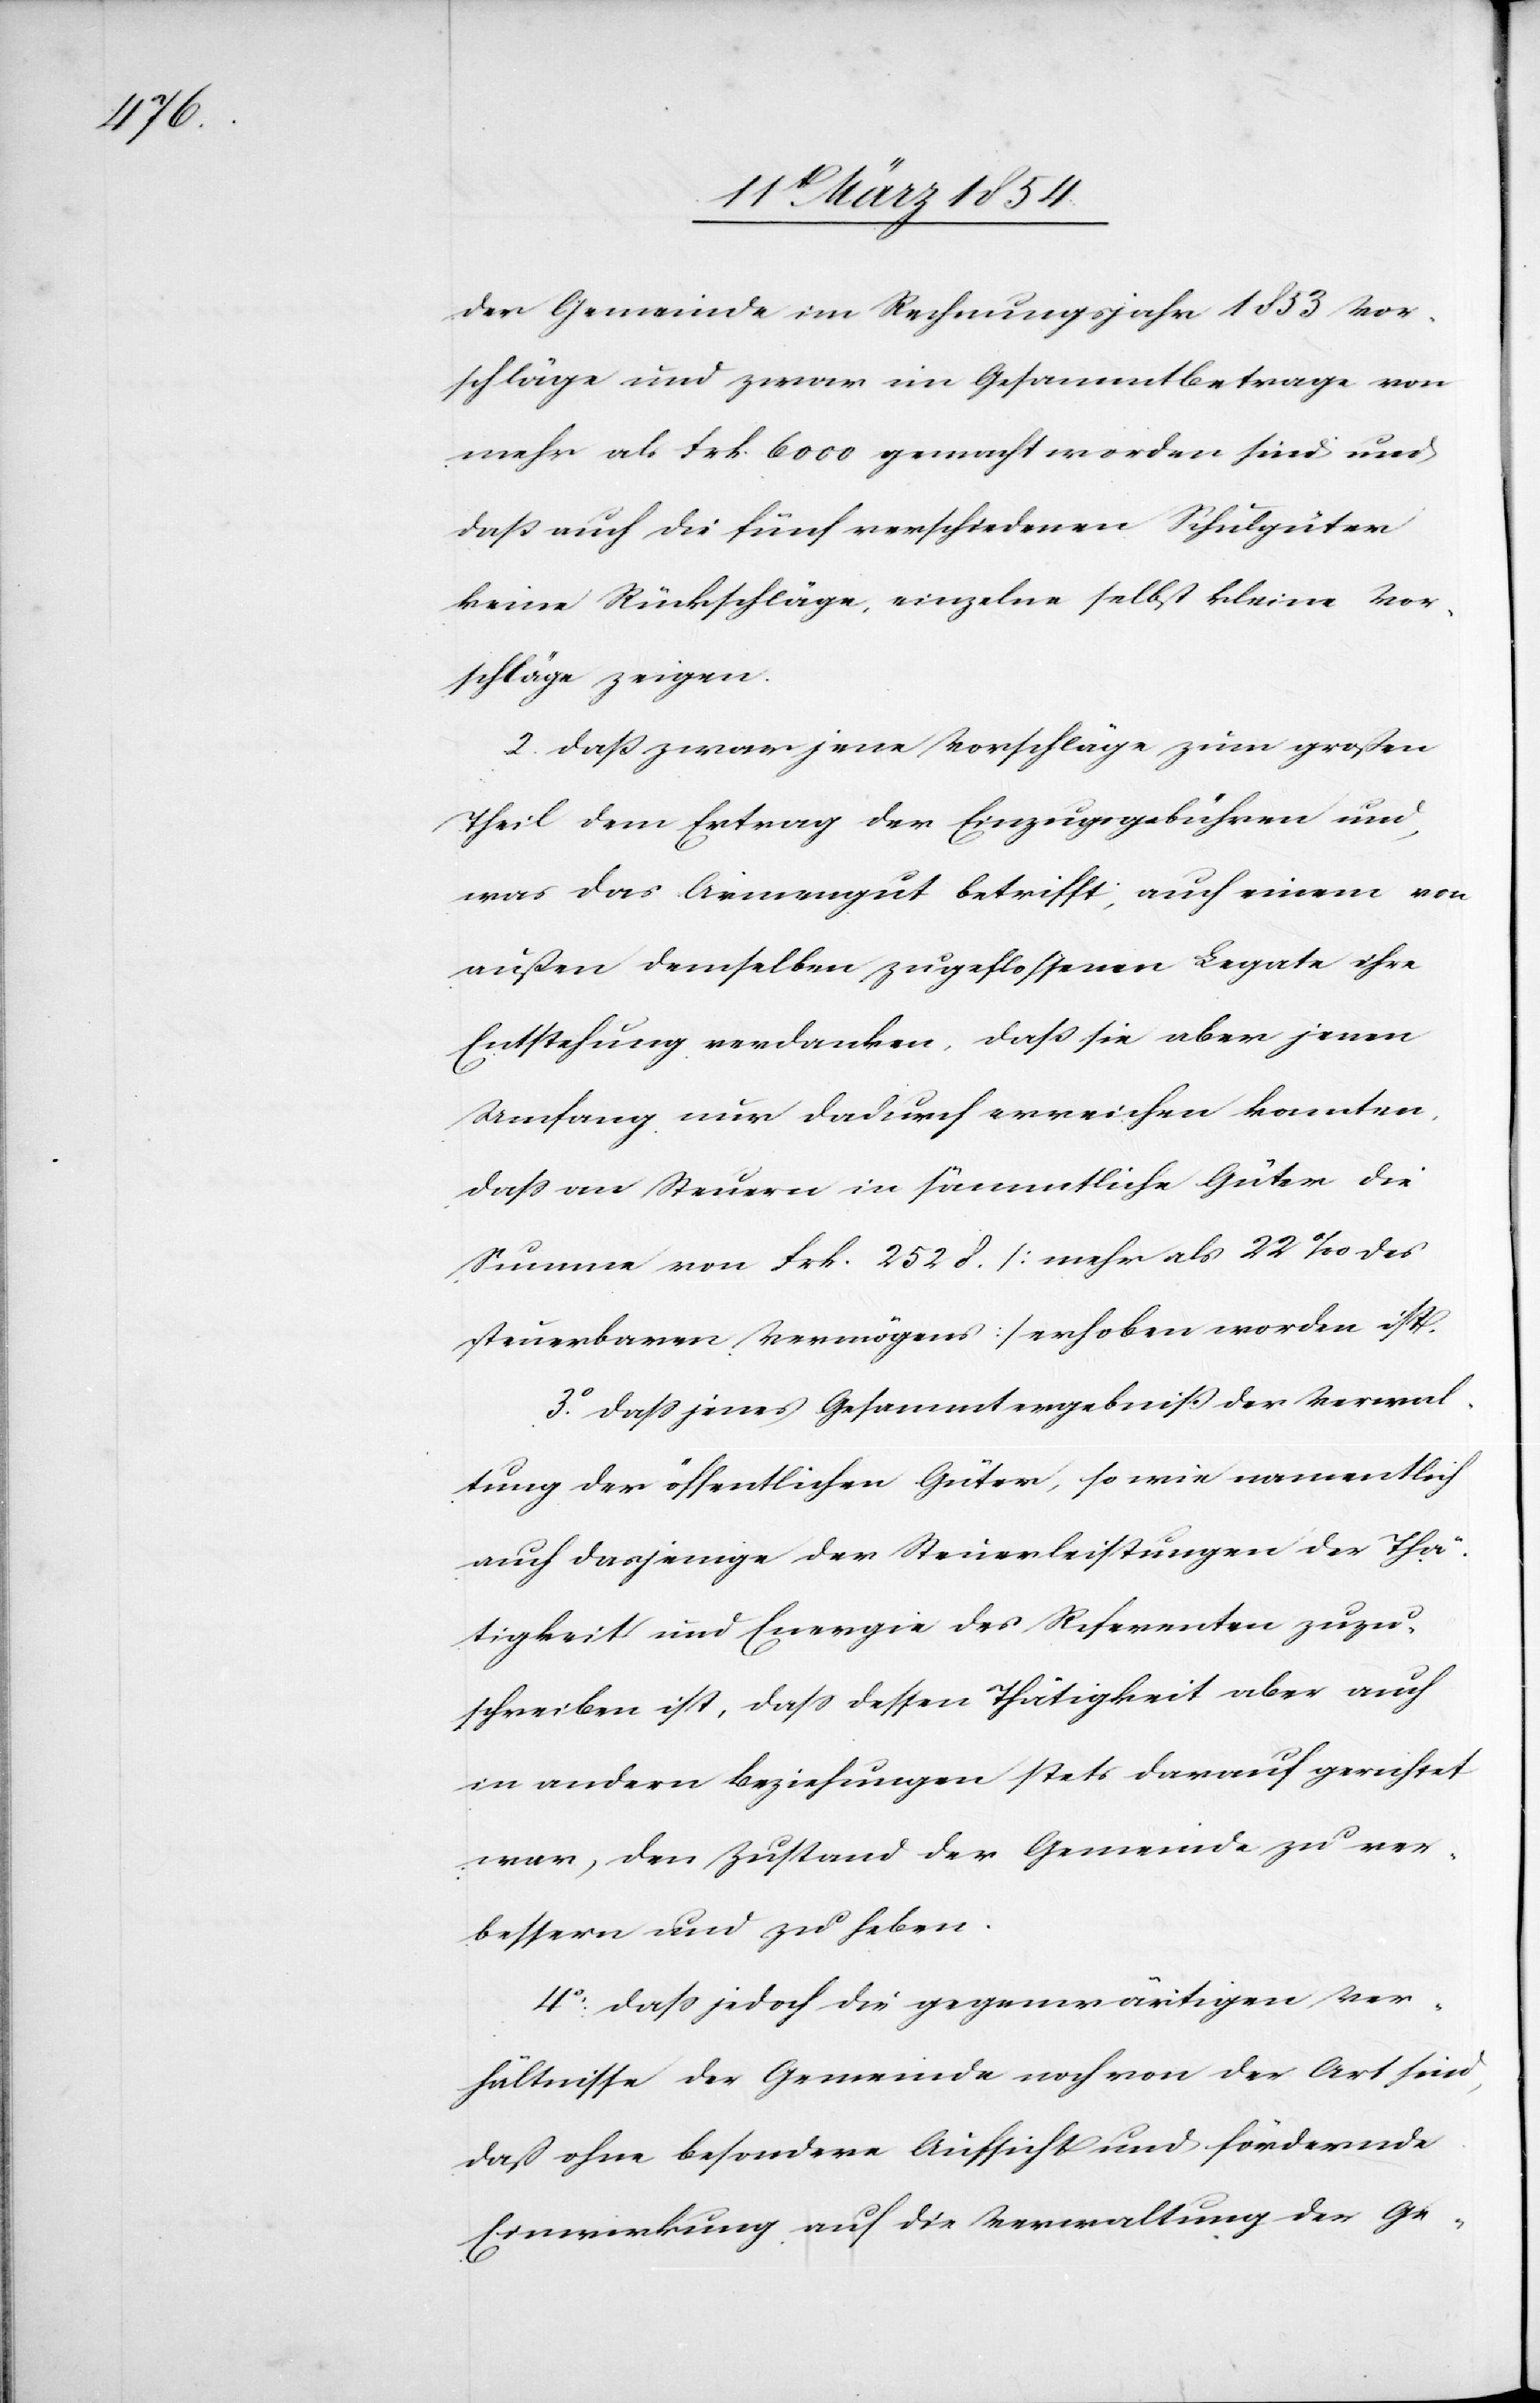
der Gemeinde im Rechnungsjahr 1853 Vor¬
schläge und zwar im Gesammtbetrage von
mehr als Frk. 6000 gemacht worden sind und
daß auch die fünf verschiedenen Schulgüter
keine Rückschläge, einzeln selbst kleine Vor¬
schläge zeigen.
2. daß zwar jene Vorschläge zum großen
Theil dem Ertrag der Einzugsgebühren und,
was das Armengut betrifft; auf einem von
außen demselben zugeflossenen Legate ihre
Entstehung verdanken, daß sie aber jenen
Umfang nur dadurch erreichen konnten,
daß an Steuern in sämmtliche Güter die
Summe von Frk. 2528. (mehr als 22‰ des
steuerbaren Vermögens) erhoben worden ist.
3.o daß jenes Gesammtergebniß der Verwal¬
tung der öffentlichen Güter, so wie namentlich
auch dasjenige der Steuerleistungen der Thä¬
tigkeit und Energie des Referenten zuzu¬
schreiben ist, daß dessen Thätigkeit aber auch
in andern Beziehungen stets darauf gerichtet
war, den Zustand der Gemeinde zu ver¬
bessern und zu heben.
4o. daß jedoch die gegenwärtigen Ver¬
hältnisse der Gemeinde noch von der Art sind,
das ohne besondere Aufsicht und fördernde
Einwirkung auf die Verwaltung der Ge-